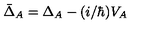
\bar { \Delta } _ { A } = \Delta _ { A } - ( i / \hbar ) V _ { A }